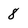
Character: 8